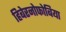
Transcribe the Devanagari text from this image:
हिबेरनोफोबिया